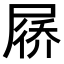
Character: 𪨗